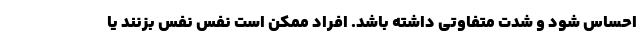
احساس شود و شدت متفاوتی داشته باشد. افراد ممکن است نفس نفس بزنند یا